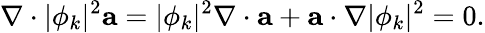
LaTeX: \nabla\cdot|\phi_{k}|^{2}\mathbf{a}=|\phi_{k}|^{2}\nabla\cdot\mathbf{a}+\mathbf{a}\cdot\nabla|\phi_{k}|^{2}=0.